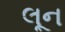
લૂન